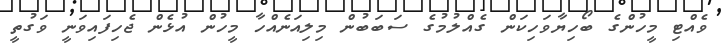
ވެއްޓި މީހުންގެ ބޯހިޔާވަހިކަން ގެއްލުމުގެ ސަބަބުން މިލިއަނެއްހާ މީހުން އުޅެން ޖެހިފައިވަނީ ވަގުތީ